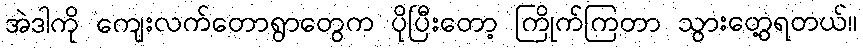
အဲဒါကို ကျေးလက်တောရွာတွေက ပိုပြီးတော့ ကြိုက်ကြတာ သွားတွေ့ရတယ်။